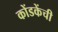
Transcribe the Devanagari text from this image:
कोंडकेंची